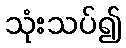
သုံးသပ်၍